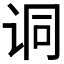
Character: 𫍣